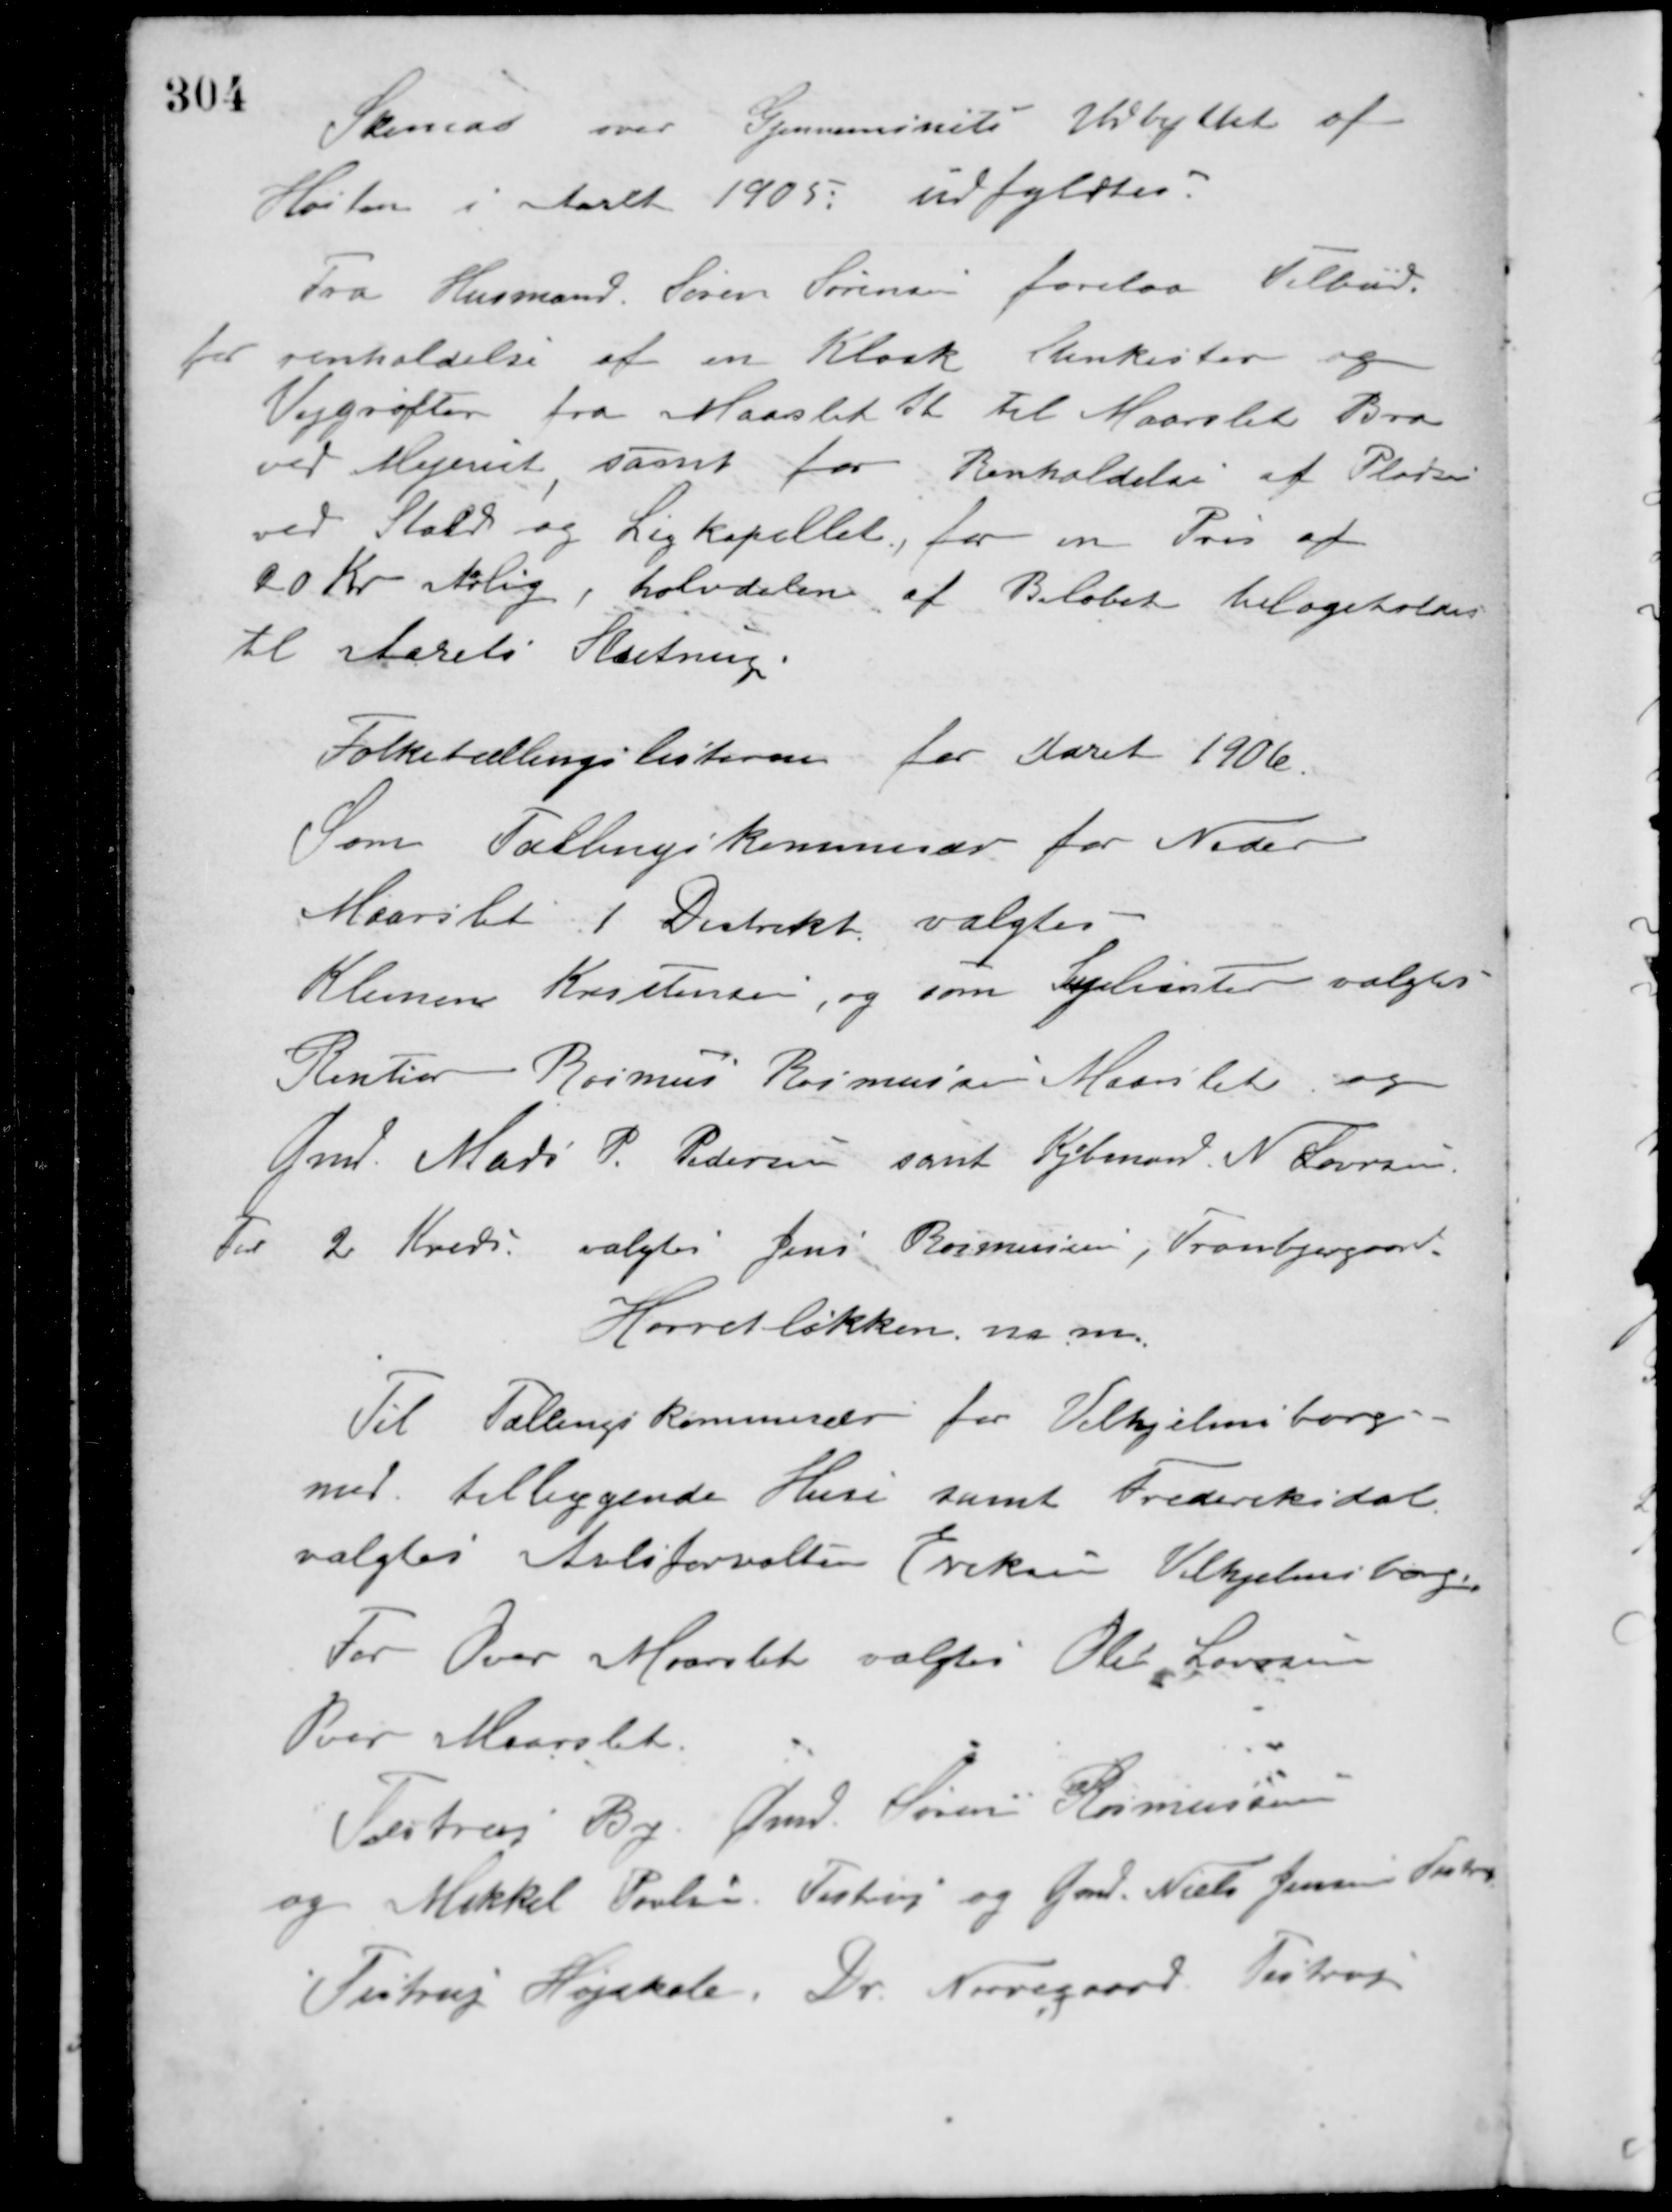
Transskription:
Skema over Gjennemsnits Udbyttet af
Høsten i Aaret 1905 udfyldtes.
Fra Husmand Søren Sørensen forelaa Tilbud
for renholdelse af en Kloak Stenkister og
Vejgrøfter fra Maarslet Kr til Maarslet Bro
ved Mejeriet samt for Renholdelse af Pladsen
ved Stald og Ligkapellet, for en Pris af
20 Kr. aarlig, halvdelen af Beløbet tilbageholdes
til Aarets Slutning.
Folketællingslisterne for Aaret 1906.
Som Tællingskommisær for Neder
Maarslet 1 Distrikt valgtes
Klemmen Kristensen, og som Supleanter valgtes
Rentier Rasmus Rasmussen Maarslet og
Gmd. Mads P. Pedersen samt Kjøbmand N. Laursen.
For 2 Kreds valgtes Jens Rasmussen, Tranbjergaard,
Hørretløkken m. m.
Til Tællingskommisær for Vilhjelmsborg
med tilliggende Huse samt Frederiksdal
valgtes Avlsforvalter Eriksen Vilhjelmsborg.
For Over Maarslet valgtes Ole Laursen
Over Maarslet.
Testrup By. Gmd. Søren Rasmussen
og Mikkel Poulsen, Testrup og Gmd. Niels Jensen Testrup
Testrup Højskole. Dr. Nørregaard, Testrup